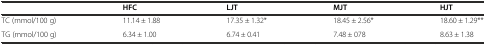
<table><thead><tr><td></td><td><b>HFC</b></td><td><b>LJT</b></td><td><b>MJT</b></td><td><b>HJT</b></td></tr></thead><tbody><tr><td>TC (mmol/100 g)</td><td>11.14 ± 1.88</td><td>17.35 ± 1.32*</td><td>18.45 ± 2.56*</td><td>18.60 ± 1.29**</td></tr><tr><td>TG (mmol/100 g)</td><td>6.34 ± 1.00</td><td>6.74 ± 0.41</td><td>7.48 ± 078</td><td>8.63 ± 1.38</td></tr></tbody></table>